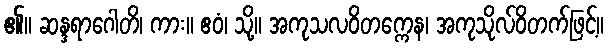
၏။ ဆန္ဒရာဂေါတိ၊ ကား။ ဧဝံ၊ သို့။ အကုသလဝိတက္ကေန၊ အကုသိုလ်ဝိတက်ဖြင့်။